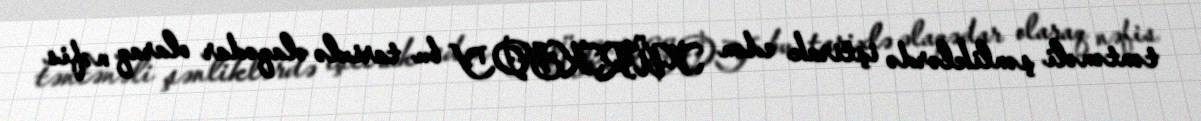
təntənəli şənliklərdə iştirak edən TÜRKSOY bu tarixlə əlaqədar olaraq nəfis